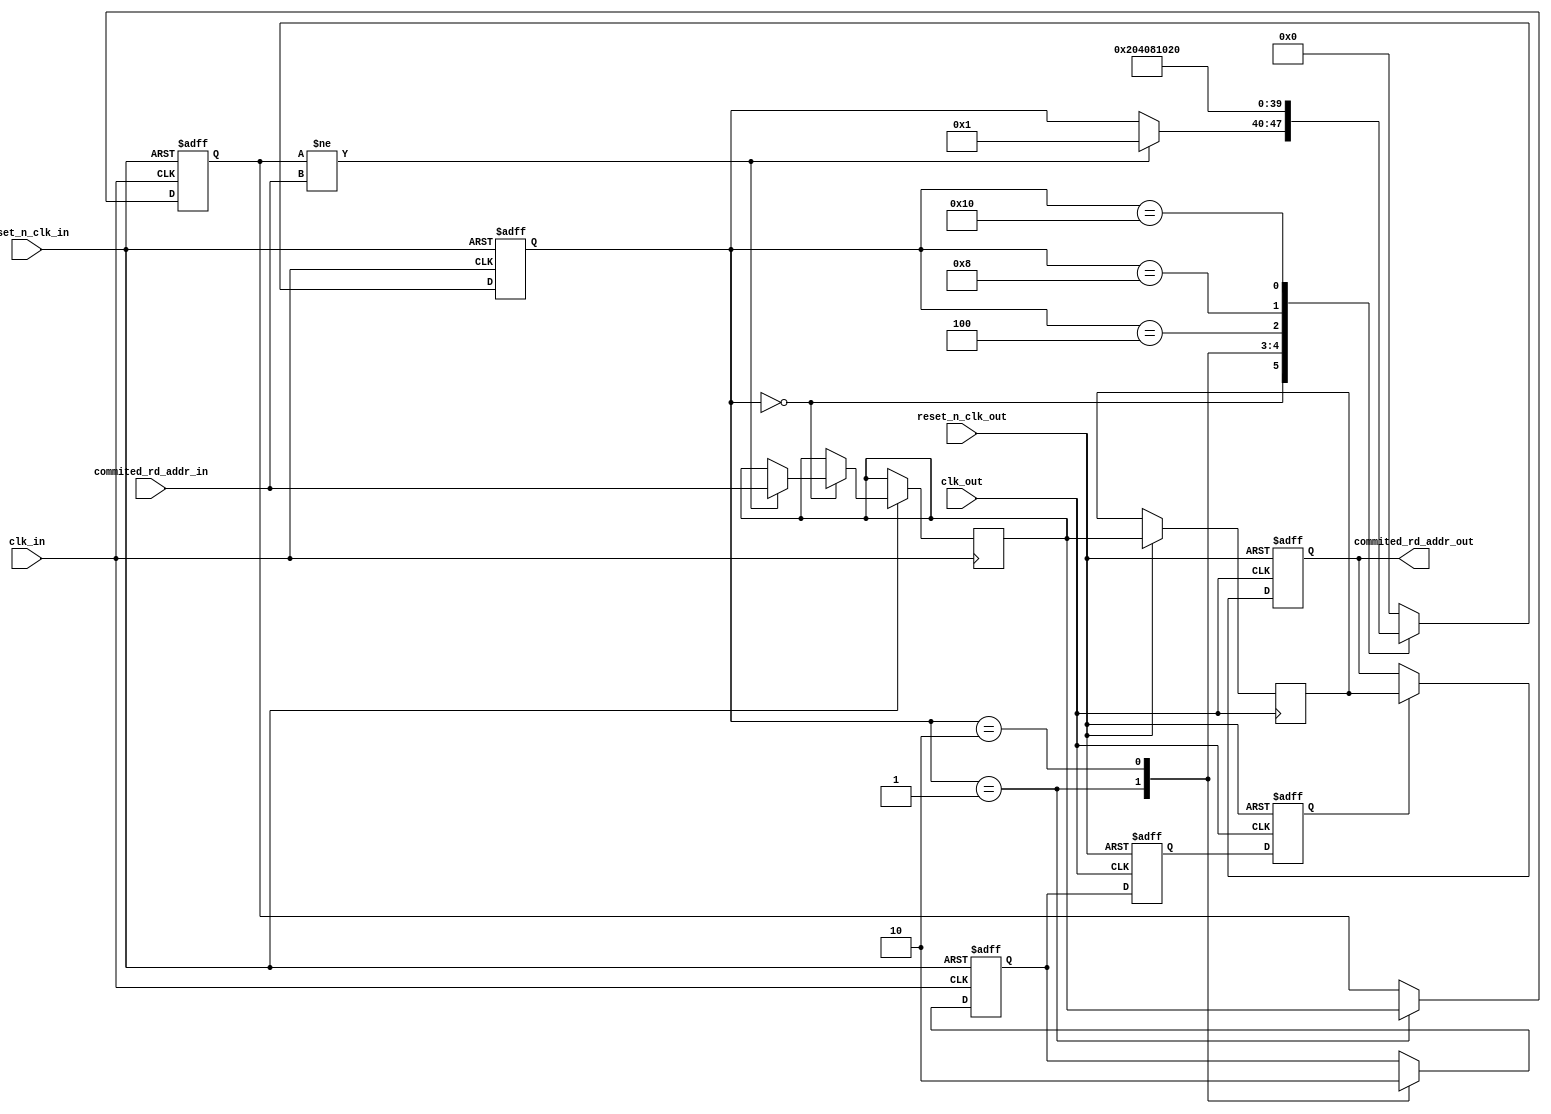
module tx_rd_addr_synch (

    input    clk_out,
    input    reset_n_clk_out,

    input    clk_in,
    input    reset_n_clk_in,

    input         [9:0]     commited_rd_addr_in,
    output reg    [9:0]     commited_rd_addr_out
    );

    // localparam
    localparam s0 = 8'b00000000;
    localparam s1 = 8'b00000001;
    localparam s2 = 8'b00000010;
    localparam s3 = 8'b00000100;
    localparam s4 = 8'b00001000;
    localparam s5 = 8'b00010000;
    localparam s6 = 8'b00100000;
    localparam s7 = 8'b01000000;
    localparam s8 = 8'b10000000;

    //-------------------------------------------------------
    // Local a
    //-------------------------------------------------------
    reg     [7:0]    fsm_a;
    reg     [9:0]  bus_in_last;
    reg              synch;
    reg     [9:0]  cross;

    //-------------------------------------------------------
    // Local b
    //-------------------------------------------------------
    reg              synch_reg0;
    reg              synch_reg1;
    reg     [9:0]  cross_reg0;

    ////////////////////////////////////////////////
    // a
    ////////////////////////////////////////////////
    always @( posedge clk_in or negedge reset_n_clk_in ) begin

        if (!reset_n_clk_in ) begin  // reset
            bus_in_last <= 'b0;
            synch <= 1'b0;
            fsm_a <= s0;
        end
        
        else begin  // not reset

            case (fsm_a)

                s0 : begin
                    if (bus_in_last != commited_rd_addr_in) begin
                        cross <= commited_rd_addr_in;
                        fsm_a <= s1;
                    end
                end

                s1 : begin
                    bus_in_last <= cross;
                    synch <= 1'b1;
                    fsm_a <= s2;
                end

                s2 : begin
                    synch <= 1'b0;
                    fsm_a <= s3;
                end

                s3 : fsm_a <= s4;
                s4 : fsm_a <= s5;
                s5 : fsm_a <= s6;
                s6 : fsm_a <= s0;

                default : begin 
                    fsm_a <= s0;
                end

            endcase
        end     // not reset
    end  //always

    ////////////////////////////////////////////////
    // b
    ////////////////////////////////////////////////
    always @( posedge clk_out or negedge reset_n_clk_out ) begin

        if (!reset_n_clk_out ) begin  // reset
            commited_rd_addr_out <= 'b0;
            synch_reg0 <= 1'b0;
            synch_reg1 <= 1'b0;
        end
        
        else begin  // not reset

            cross_reg0 <= cross;
            synch_reg0 <= synch;
            synch_reg1 <= synch_reg0;

            if (synch_reg1) begin
                commited_rd_addr_out <= cross_reg0;
            end

        end     // not reset
    end  //always

endmodule